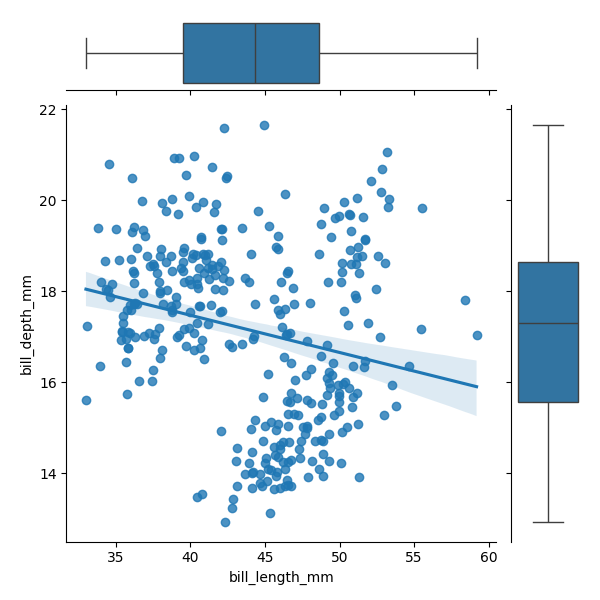
python, seaborn, JointGrid, regplot, boxplot